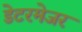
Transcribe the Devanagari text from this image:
डेटरमेजर